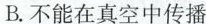
B.不能在真空中传播